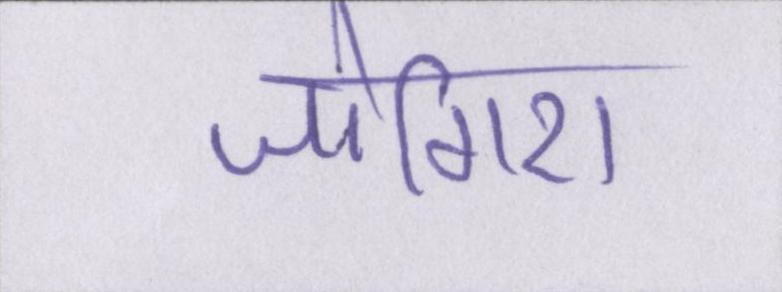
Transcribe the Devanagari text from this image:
जोगिरा